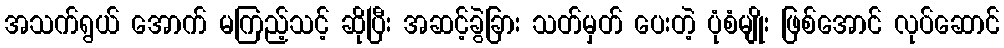
အသက်ရွယ် အောက် မကြည့်သင့် ဆိုပြီး အဆင့်ခွဲခြား သတ်မှတ် ပေးတဲ့ ပုံစံမျိုး ဖြစ်အောင် လုပ်ဆောင်